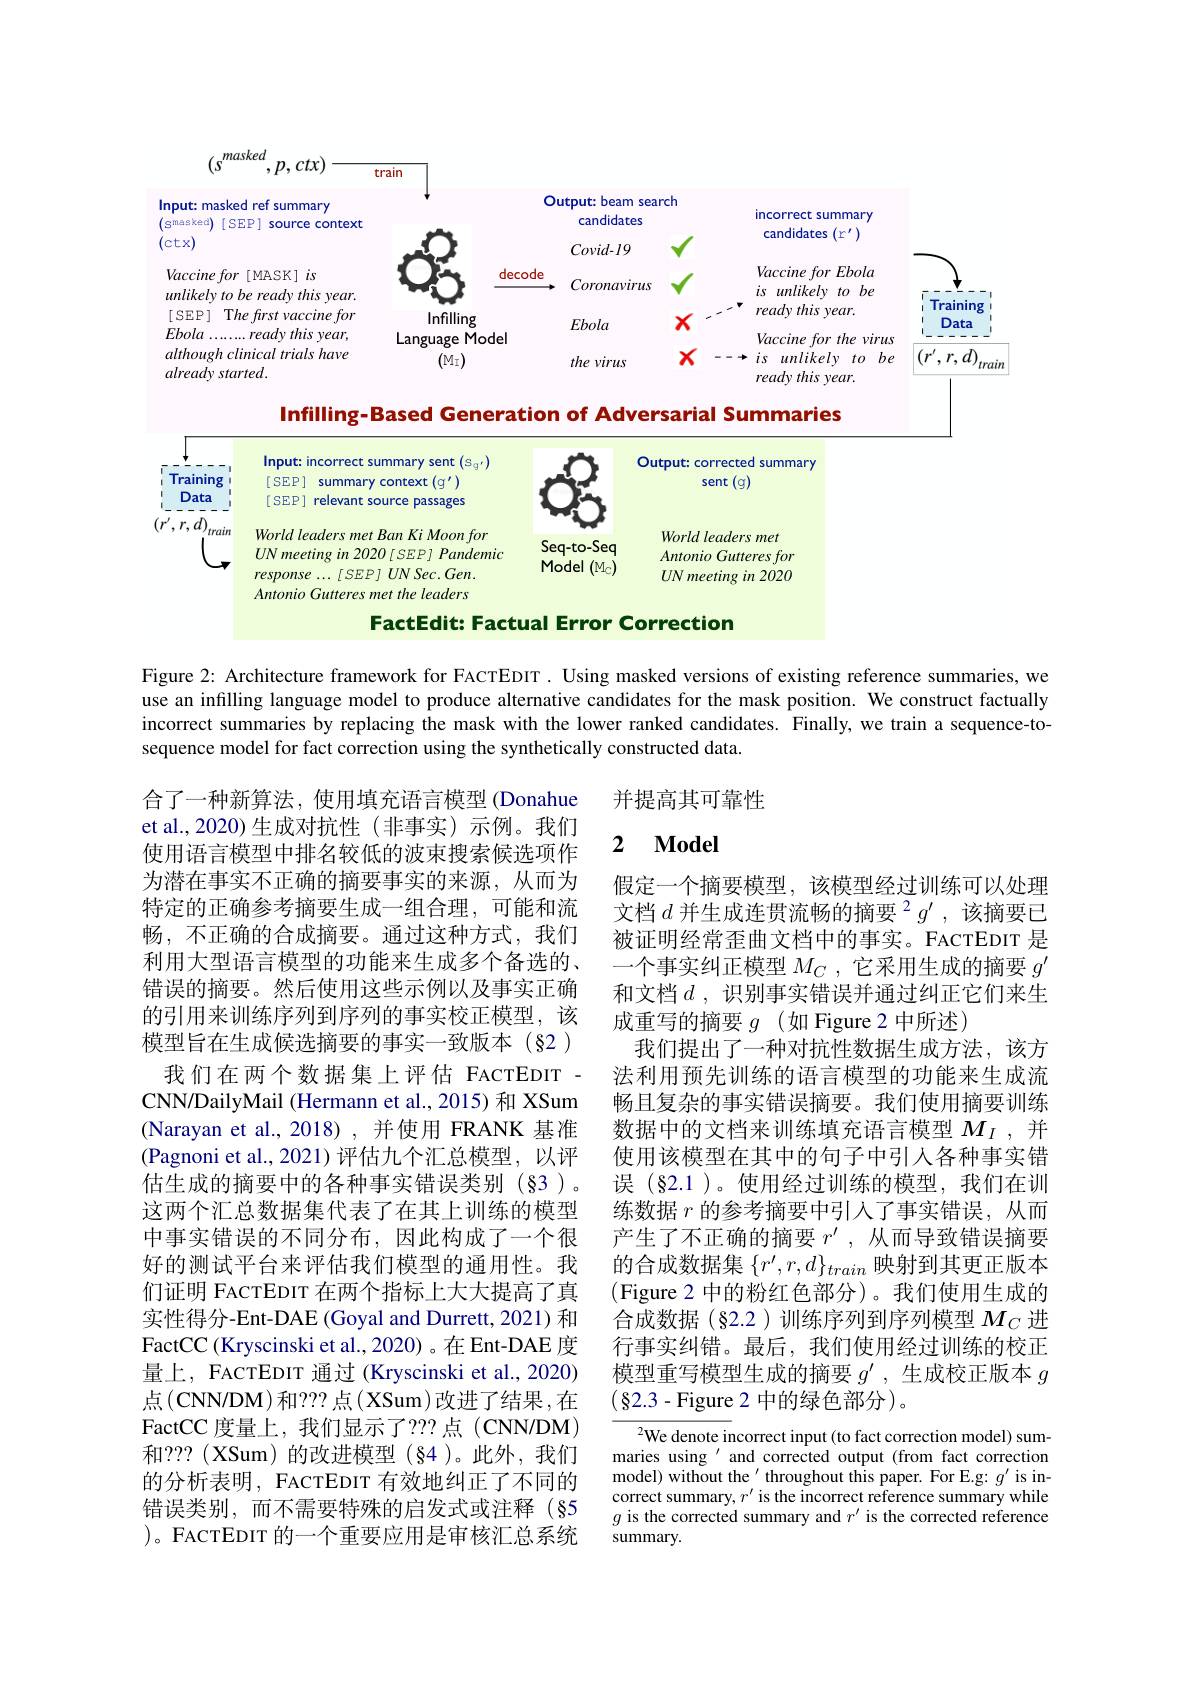
<FigureHere>

Infilling-Based Generation of Adversarial Summaries
<FigureHere>

FactEdit: Factual Error Correction

Figure 2: Architecture framework for FACTEDIT. Using masked versions of existing reference summaries, we use an infilling language model to produce alternative candidates for the mask position. We construct factually incorrect summaries by replacing the mask with the lower ranked candidates. $\hat{\text{Finally,wetrainasequence-to-}}$ sequence model for fact correction using the synthetically constructed data.

并提高其可靠性

### $\textbf{2}$ $\textbf{Model}$

假定一个摘要模型，该模型经过训练可以处理文档$d\text{ 并生成连贯流畅的摘要 }^2g^{\prime}$,该摘要已被证明经常歪曲文档中的事实。FACTEDIT 是一个事实纠正模型$M_C$ ,它采用生成的摘要$g^\prime$ 和文档$d$,识别事实错误并通过纠正它们来生成重写的摘要$g$ (如 Figure 2 中所述)
我们提出了一种对抗性数据生成方法，该方法利用预先训练的语言模型的功能来生成流畅且复杂的事实错误摘要。我们使用摘要训练数据中的文档来训练填充语言模型$M_I$ ,并使用该模型在其中的句子中引人各种事实错误 (§2.1)。使用经过训练的模型，我们在训练数据$r$的参考摘要中引入了事实错误，从而产生了不正确的摘要$r^\prime$,从而导致错误摘要的合成数据集$\{r^{\prime},r,d\}_{train}$映射到其更正版本(Figure 2 中的粉红色部分)。我们使用生成的合成数据(§2.2)训练序列到序列模型$M_C$进行事实纠错。最后，我们使用经过训练的校正模型重写模型生成的摘要$g^{\prime}$,生成校正版本$g$ $(\S2.3-$Figure 2 中的绿色部分)。

合了一种新算法，使用填充语言模型(Donahue et al.,2020)生成对抗性(非事实)示例。我们使用语言模型中排名较低的波束搜索候选项作为潜在事实不正确的摘要事实的来源，从而为特定的正确参考摘要生成一组合理，可能和流畅，不正确的合成摘要。通过这种方式，我们利用大型语言模型的功能来生成多个备选的、 错误的摘要。然后使用这些示例以及事实正确的引用来训练序列到序列的事实校正模型，该模型旨在生成候选摘要的事实一致版本(§2)
我们在两个数据集上评估 FACTEDIT - CNN/DailyMail (Hermann et al., 2015) 和 XSum (Narayan et al.,2018),并使用 FRANK 基准(Pagnoni et al., 2021)评估九个汇总模型，以评估生成的摘要中的各种事实错误类别(§3)。这两个汇总数据集代表了在其上训练的模型中事实错误的不同分布，因此构成了一个很好的测试平台来评估我们模型的通用性。我们证明 FACTEDIT 在两个指标上大大提高了真实性得分-Ent-DAE (Goyal and Durrett, 2021) 和FactCC (Kryscinski et al., 2020) 。在 Ent-DAE 度量上，FACTEDIT 通过 (Kryscinski et al., 2020) 点(CNN/DM)和？??点(XSum)改进了结果，在FactCC 度量上，我们显示了？??点(CNN/DM) 和？??(XSum)的改进模型(§4)。此外，我们的分析表明，FACTEDIT 有效地纠正了不同的错误类别，而不需要特殊的启发式或注释(§5 )。FACTEDIT 的一个重要应用是审核汇总系统

$^2$We denote incorrect input (to fact correction model) summaries using'and corrected output (from fact correction $\begin{array}{l}\mathrm{model)~without~the~^{\prime}~throughout~this~paper.~For~E.g:~}g^{\prime}\mathrm{~is~in-}\\\mathrm{correct~summary,~}r^{\prime}\mathrm{~is~the~incorrect~reference~summary~while}\end{array}$ $g$ is the corrected summary and $r^\prime$ is the corrected reference summary.